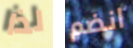
لذا انضم